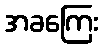
အခကြေး